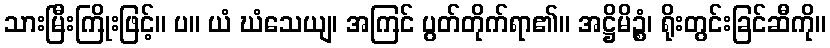
သားမြီးကြိုးဖြင့်။ ပ။ ယံ ဃံသေယျ၊ အကြင် ပွတ်တိုက်ရာ၏။ အဋ္ဌိမိဉ္စံ၊ ရိုးတွင်းခြင်ဆီကို။